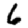
Digit: 6